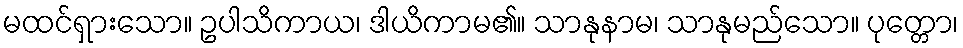
မထင်ရှားသော။ ဥပါသိကာယ၊ ဒါယိကာမ၏။ သာနုနာမ၊ သာနုမည်သော။ ပုတ္တော၊